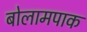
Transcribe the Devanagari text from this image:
बोलामपाक